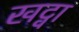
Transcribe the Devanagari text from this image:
खट्वा